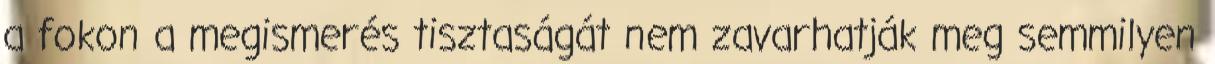
a fokon a megismerés tisztaságát nem zavarhatják meg semmilyen